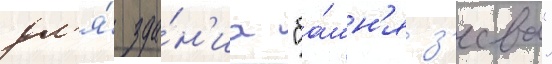
дл'я́ зда́н'иа "ба́шн'я з'еева"